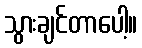
သွားချင်တာပေါ့။